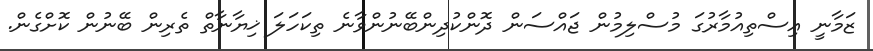
ޒަމާނީ އިސްތިއުމާރުގަ މުސްލިމުން ޖައްސަން ދޮންކުދިންބޭނުންވާނެ ތިކަހަލަ ޚިޔާނާތް ތެރިން ބޭނުން ކޮށްގެން.